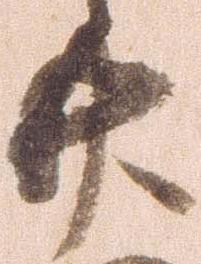
廿